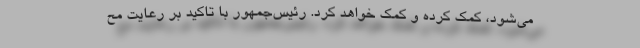
می‌شود، کمک کرده و کمک خواهد کرد. رئیس‌جمهور با تاکید بر رعایت مح